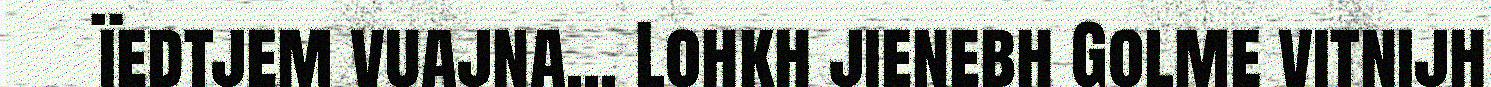
ïedtjem vuajna... Lohkh jienebh Golme vitnijh